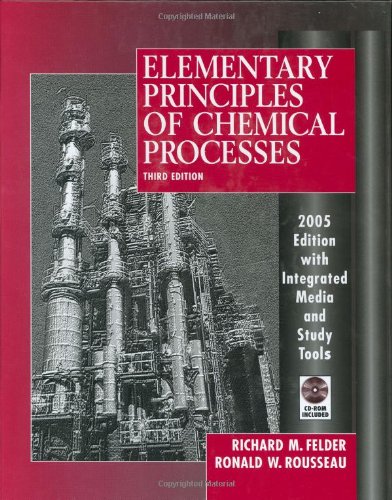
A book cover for Elementary Principles of Chemical Processes; Richard M. Felder; Engineering & Transportation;